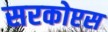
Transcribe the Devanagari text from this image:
सरकोप्टस